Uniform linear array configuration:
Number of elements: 8
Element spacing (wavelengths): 1
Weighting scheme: binomial
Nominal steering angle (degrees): -15
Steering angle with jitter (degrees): -14.339
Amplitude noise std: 0.05
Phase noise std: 0.05

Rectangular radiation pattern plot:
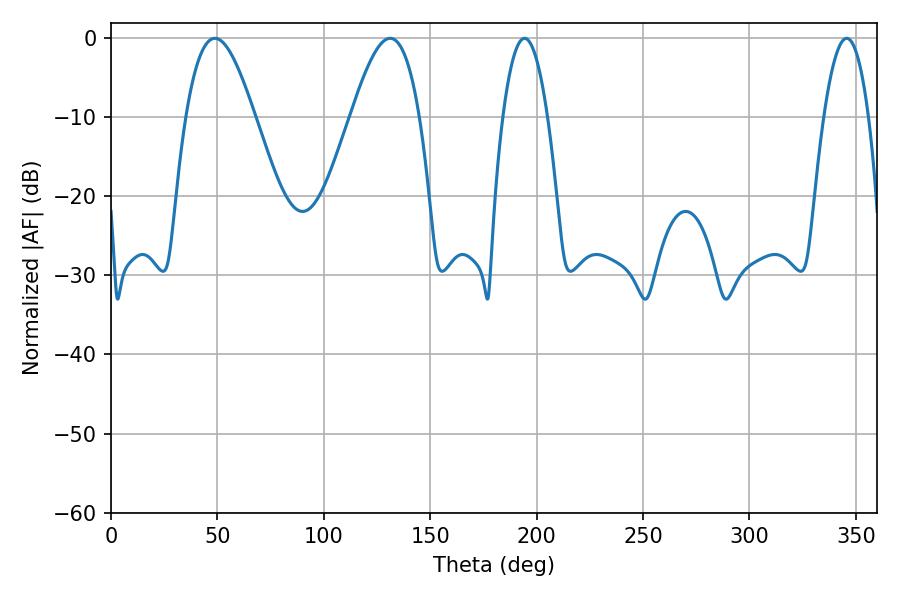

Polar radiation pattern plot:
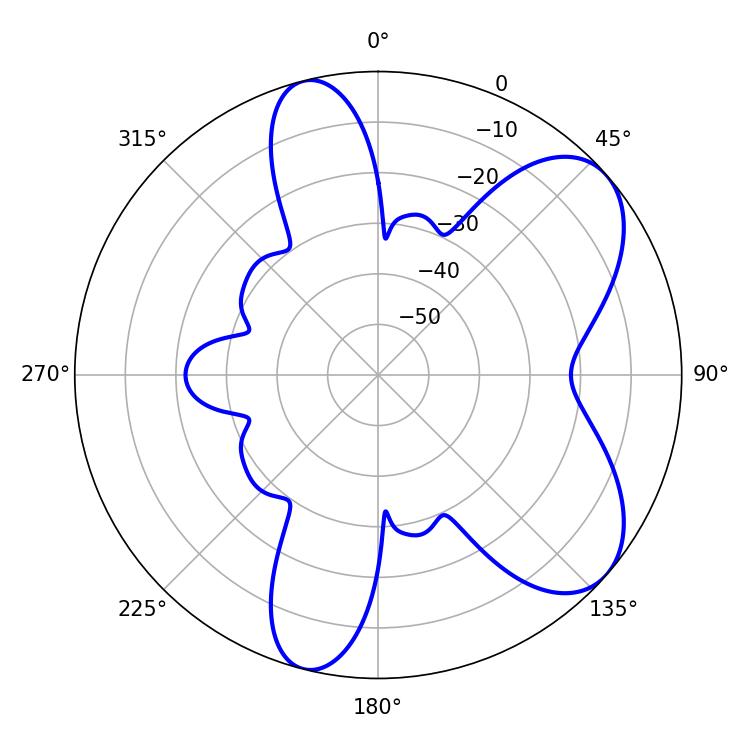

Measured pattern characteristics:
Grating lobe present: TRUE
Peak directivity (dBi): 6.986
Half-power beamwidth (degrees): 17.46
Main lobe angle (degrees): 48.78